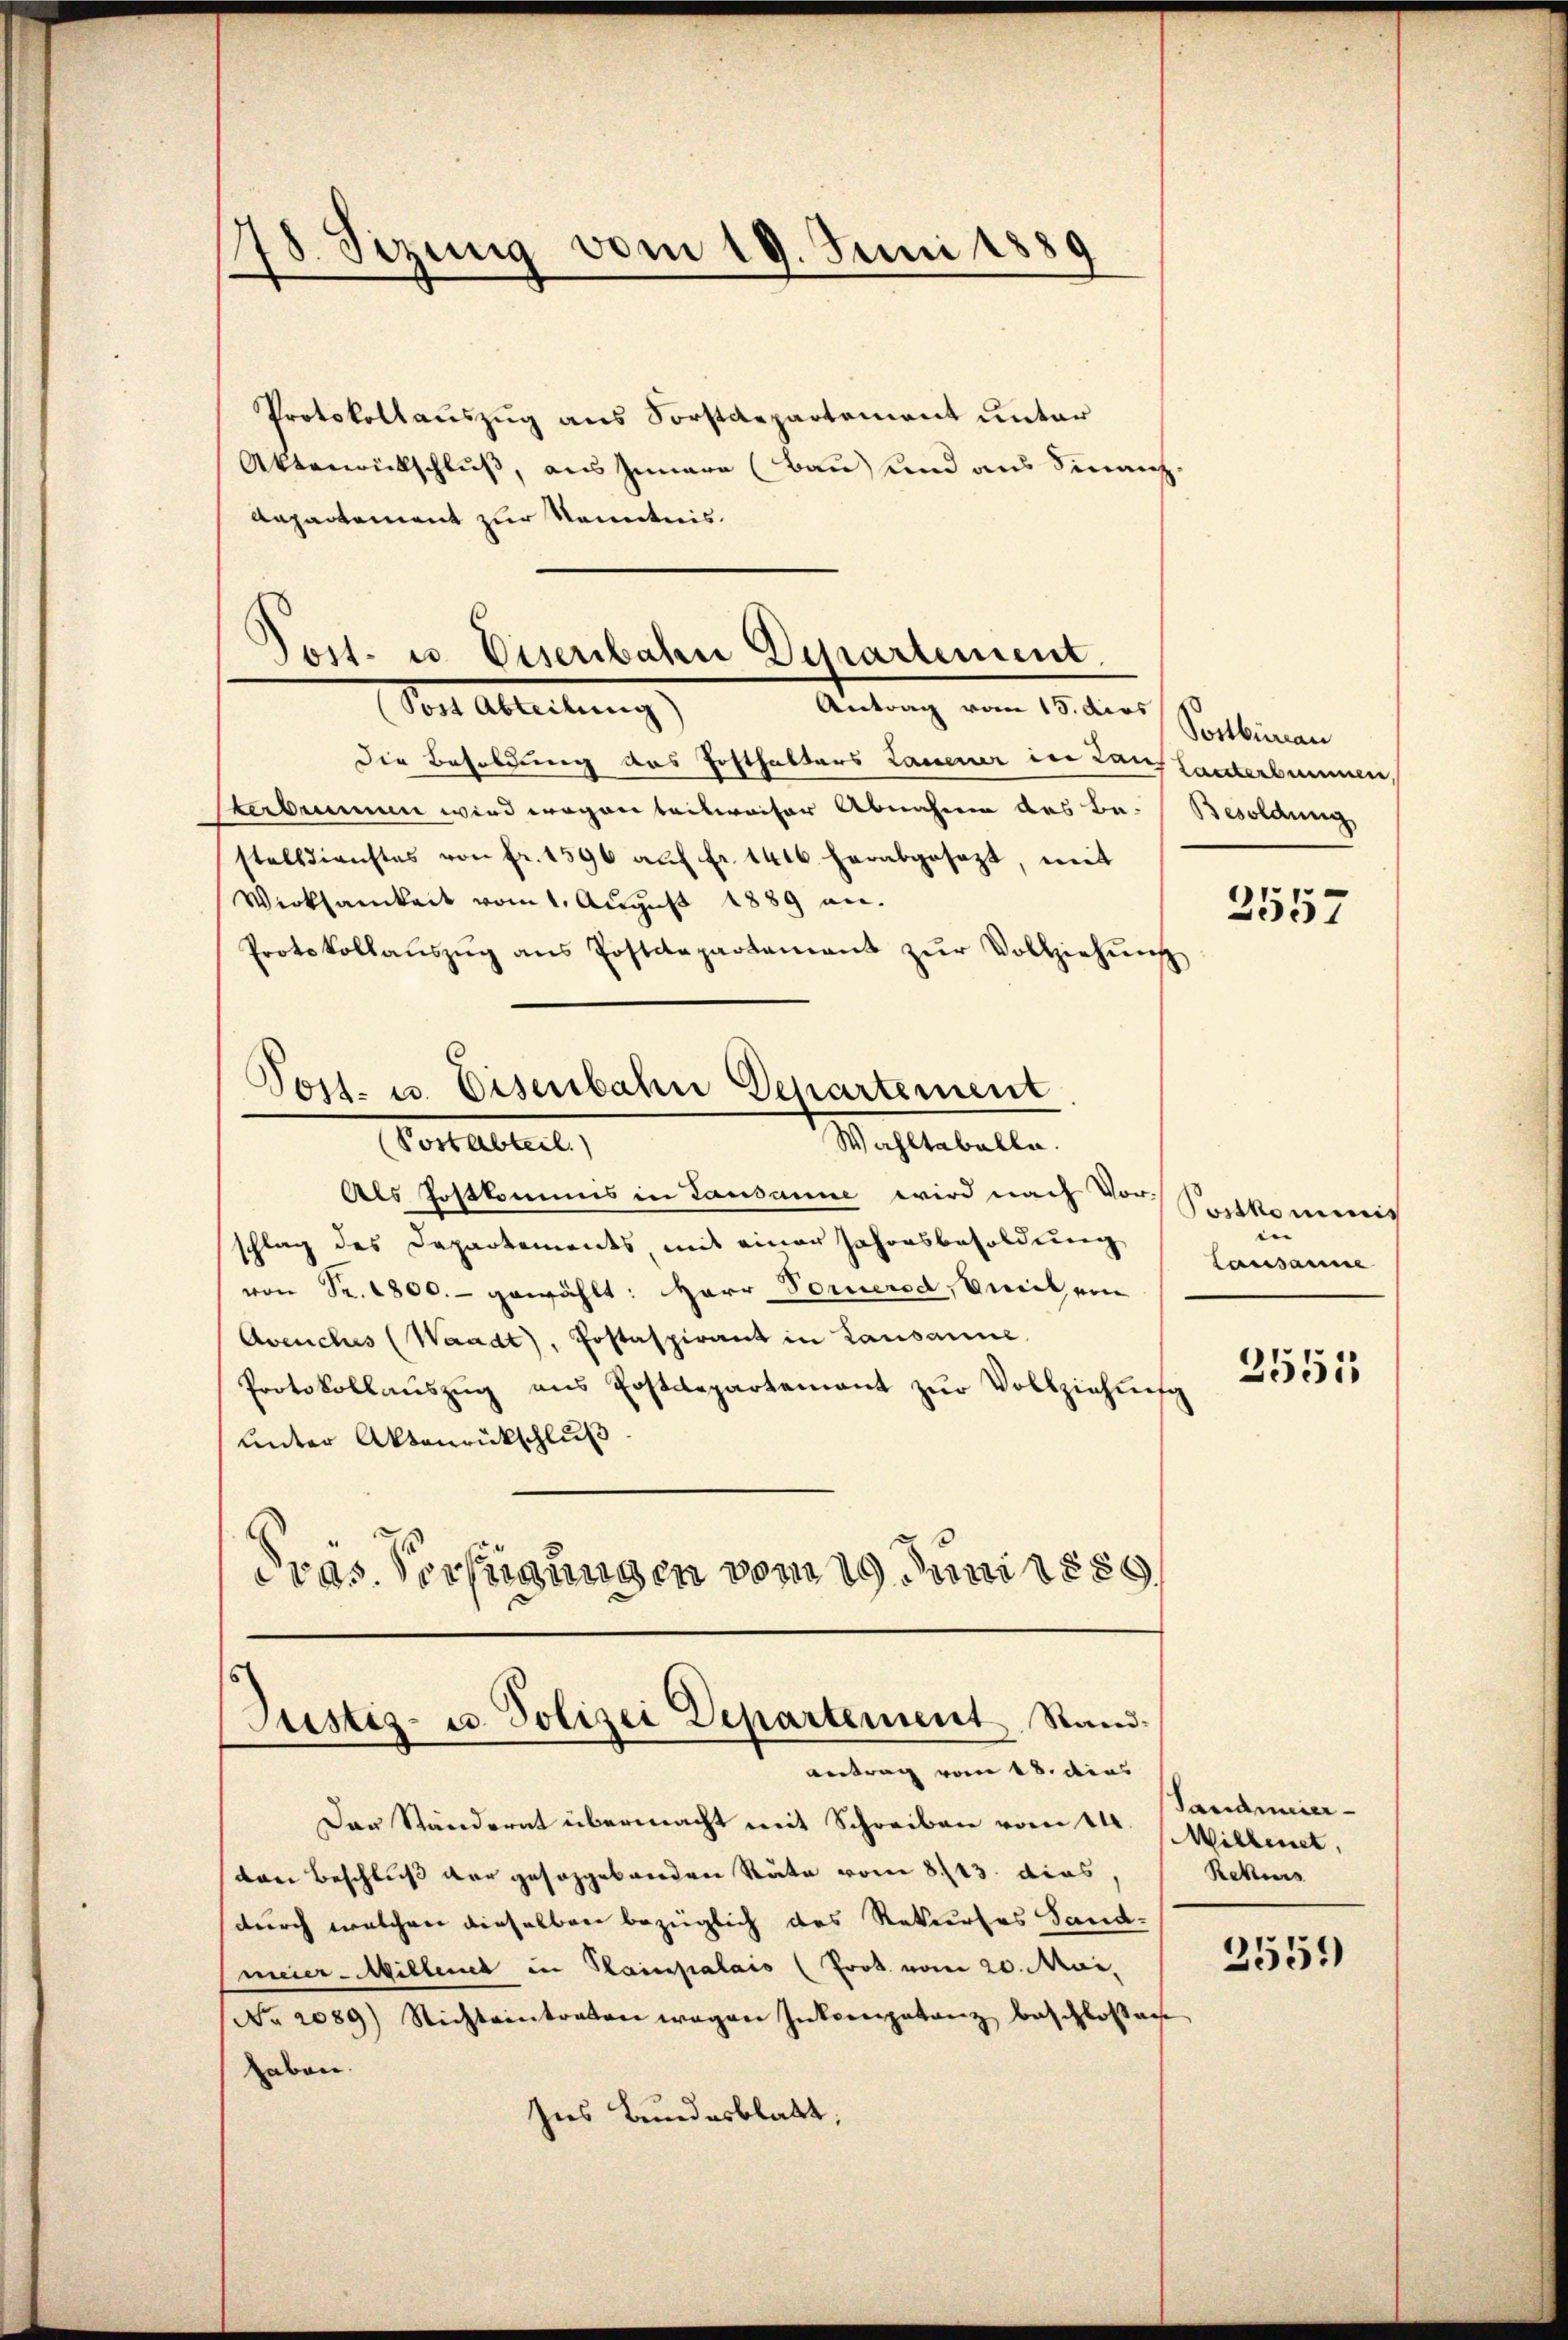
78. Sizung vom 19. Juni 1889

Post- u. Eisenbahn Departement
Sont Ableitung
Antrag vom 10. des Sontinen

Protokollauszug aus Forstdepartement unter
Aktenwitschluß, aus Innere (Bau) und aus Finanz-
Aepartement zur Kenntnis.
Die Besoldung das Posthalters Lauener in Lauch lauterbummen
kerbrunnen wird wegen teilweiser Abnahme des Bestelldienstes von fr. 1596 aŭf Fr. 1416. herabgesezt, mit
Wirksamkeit vom 1. August 1889 an.
Protokollaŭszŭg ans Postdepartament zŭr Vollziehŭng
Post- u. Disenbahn Departement
Wahltabelle.
(Postabteil)
Als Postkommis in Lausanne wird nach Vor-
schlag des Departements mit einer Jahresbesoldung
von Fr. 1800.- gewählt: Herr Formered, Emil ein
Avenches (Waadt, Postaspirant in Lausanne
Protokollauszug aus Postdepartement zur Vollziehung
unter Aktenrückschluß
dras. Verfügungen vom 19. Juni 1880,

Justiz- u. Polizei Departement Stand.
antrag vom 18. dies

Besoldung

Das Ständernt übermacht mit Schreiben vom 1ten Millent,
den Beschluß der gesorgebenden Stäte vom 8/13. dies,
durch welchen dieselben bezüglich das Rekurses Sandmeier-Millenes in Plainpalais (Prot. vom 20. Mai,
No. 2089) Nichteintreten wegen Inkonerpatanz beschlossen
aben.
Ins Bundesblatt,

2557

Sortkommnis
e
Lausamme

2551

Tandmeier-
Rekurs

2551)